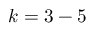
k = 3 - 5